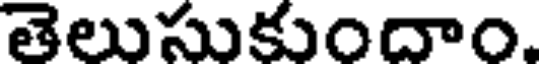
తెలుసుకుందాం.